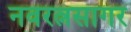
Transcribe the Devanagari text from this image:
नवरत्नसागर